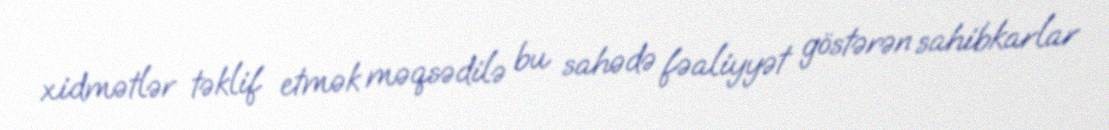
xidmətlər təklif etmək məqsədilə bu sahədə fəaliyyət göstərən sahibkarlar